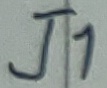
Text: J1